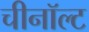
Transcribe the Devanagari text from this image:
चीनॉल्ट